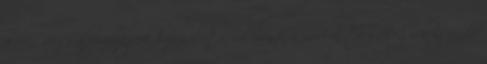
a minőségi alapanyagok használata, valamint a modern technológiák igénybe